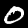
Digit: 0